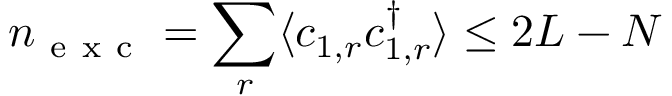
n _ { \mathrm { ~ e ~ x ~ c ~ } } = \sum _ { r } \langle c _ { 1 , r } c _ { 1 , r } ^ { \dagger } \rangle \leq 2 L - N